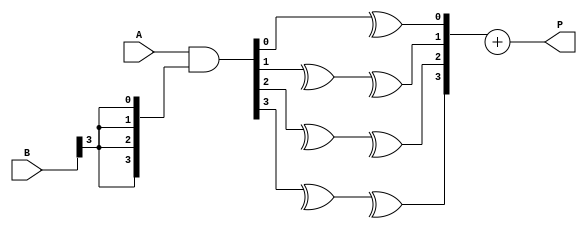
module wallace_tree_multiplier #(parameter N = 4, M = 4) (
    input  wire [N-1:0] A,  // Multiplicand
    input  wire [M-1:0] B,  // Multiplier
    output wire [N+M-1:0] P // Product
);

// Partial Product Generation
wire [N-1:0] PP[M-1:0]; // Partial product matrix

genvar i, j;
generate
    for (i = 0; i < M; i = i + 1) begin : pp_gen
        assign PP[i] = A & {N{B[i]}}; // ANDing multiplicand with each bit of multiplier
    end
endgenerate

// Wallace Tree Reduction
wire [N+M-1:0] S[2*N-1:0]; // Sums
wire [N+M-1:0] C[2*N-1:0]; // Carries
wire [M-1:0] sum_row[0:2*N-1]; // The sum rows after reduction
wire [M-1:0] carry_row[0:2*N-1]; // The carry rows after reduction

// Initial assignment for the first row of sums and carries
generate
    for (j = 0; j < N; j = j + 1) begin : init
        assign sum_row[0][j] = PP[0][j];
        assign carry_row[0][j] = 1'b0; // No carry for the first row
    end
endgenerate

// Reduction process
genvar k;
generate
    for (k = 1; k < M; k = k + 1) begin : reduction
        for (j = 0; j < N; j = j + 1) begin : adders
            wire a, b, c;
            assign a = (j < N) ? PP[k][j] : 1'b0; // Current partial product
            assign b = sum_row[k-1][j]; // Previous sum
            assign c = (j > 0) ? carry_row[k-1][j-1] : 1'b0; // Previous carry
            
            // Full adder logic
            assign S[k][j] = a ^ b ^ c; // Sum output
            assign C[k][j] = (a & b) | (c & (a ^ b)); // Carry output
        end
    end
endgenerate

// Final addition of last two rows
wire [N+M-1:0] final_sum;
wire [N+M-1:0] final_carry;
assign final_sum = S[M-1] + carry_row[M-1];

// Final product assignment
assign P = final_sum;

endmodule